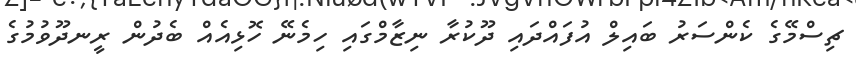
ޗިސްމޭގެ ކެންސަރު ބައިލް އުފައްދައި ދޫކުރާ ނިޒާމްގައި ހިމެނޭ ހޮޅިއެއް ބެދުން ރީނދޫވުމުގެ